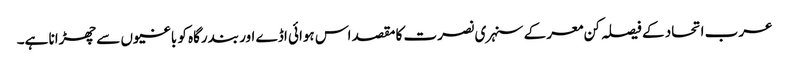
عرب اتحاد کے فیصلہ کن معرکے سنہری نصرت کا مقصد اس ہوائی اڈے اور بندرگاہ کو باغیوں سے چھڑانا ہے۔